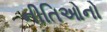
નીતિઓનો